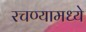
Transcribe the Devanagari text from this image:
रचण्यामध्ये